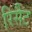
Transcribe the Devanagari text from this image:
रिसैट